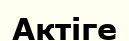
Актіге